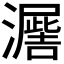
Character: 𭳙